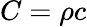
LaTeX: C=\rho c